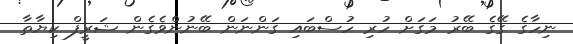
ނިހާގެ ގޭގެ ބޭރު މަގަށް ހުރި ހުސްބައި ގަންނަން ބޭނުންވެގެން ޝަރީފް ކިޔާތާ